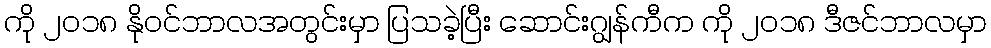
ကို ၂၀၁၈ နိုဝင်ဘာလအတွင်းမှာ ပြသခဲ့ပြီး ဆောင်းဂျွန်ကီက ကို ၂၀၁၈ ဒီဇင်ဘာလမှာ